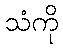
သံကို